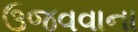
ઉજવવાના